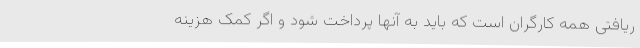
ریافتی همه کارگران است که باید به آنها پرداخت شود و اگر کمک هزینه